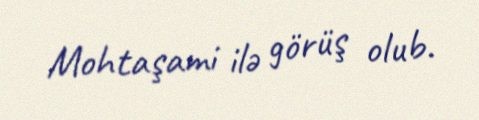
Mohtaşami ilə görüş olub.